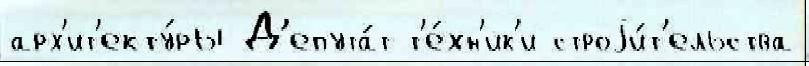
арх'ит'екту́ры Д'епута́т т'е́хн'ик'и строjи́т'ельства